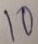
Text: 10